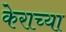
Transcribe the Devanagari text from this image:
केराच्या